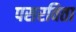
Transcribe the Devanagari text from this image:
पसरविता